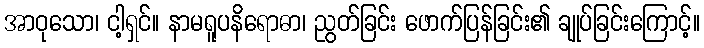
အာဝုသော၊ ငါ့ရှင်။ နာမရူပနိရောဓာ၊ ညွတ်ခြင်း ဖောက်ပြန်ခြင်း၏ ချုပ်ခြင်းကြောင့်။